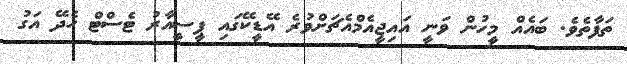
ތަފާތެވެ. ބައެއް މީހުން ވަނީ އައިޖީއެމްއެޗަށްވުރެ އޭޑީކޭގައި ޕީސީއާރު ޓެސްޓް ހެދޭ އަގު